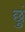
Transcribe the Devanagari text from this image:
छुं